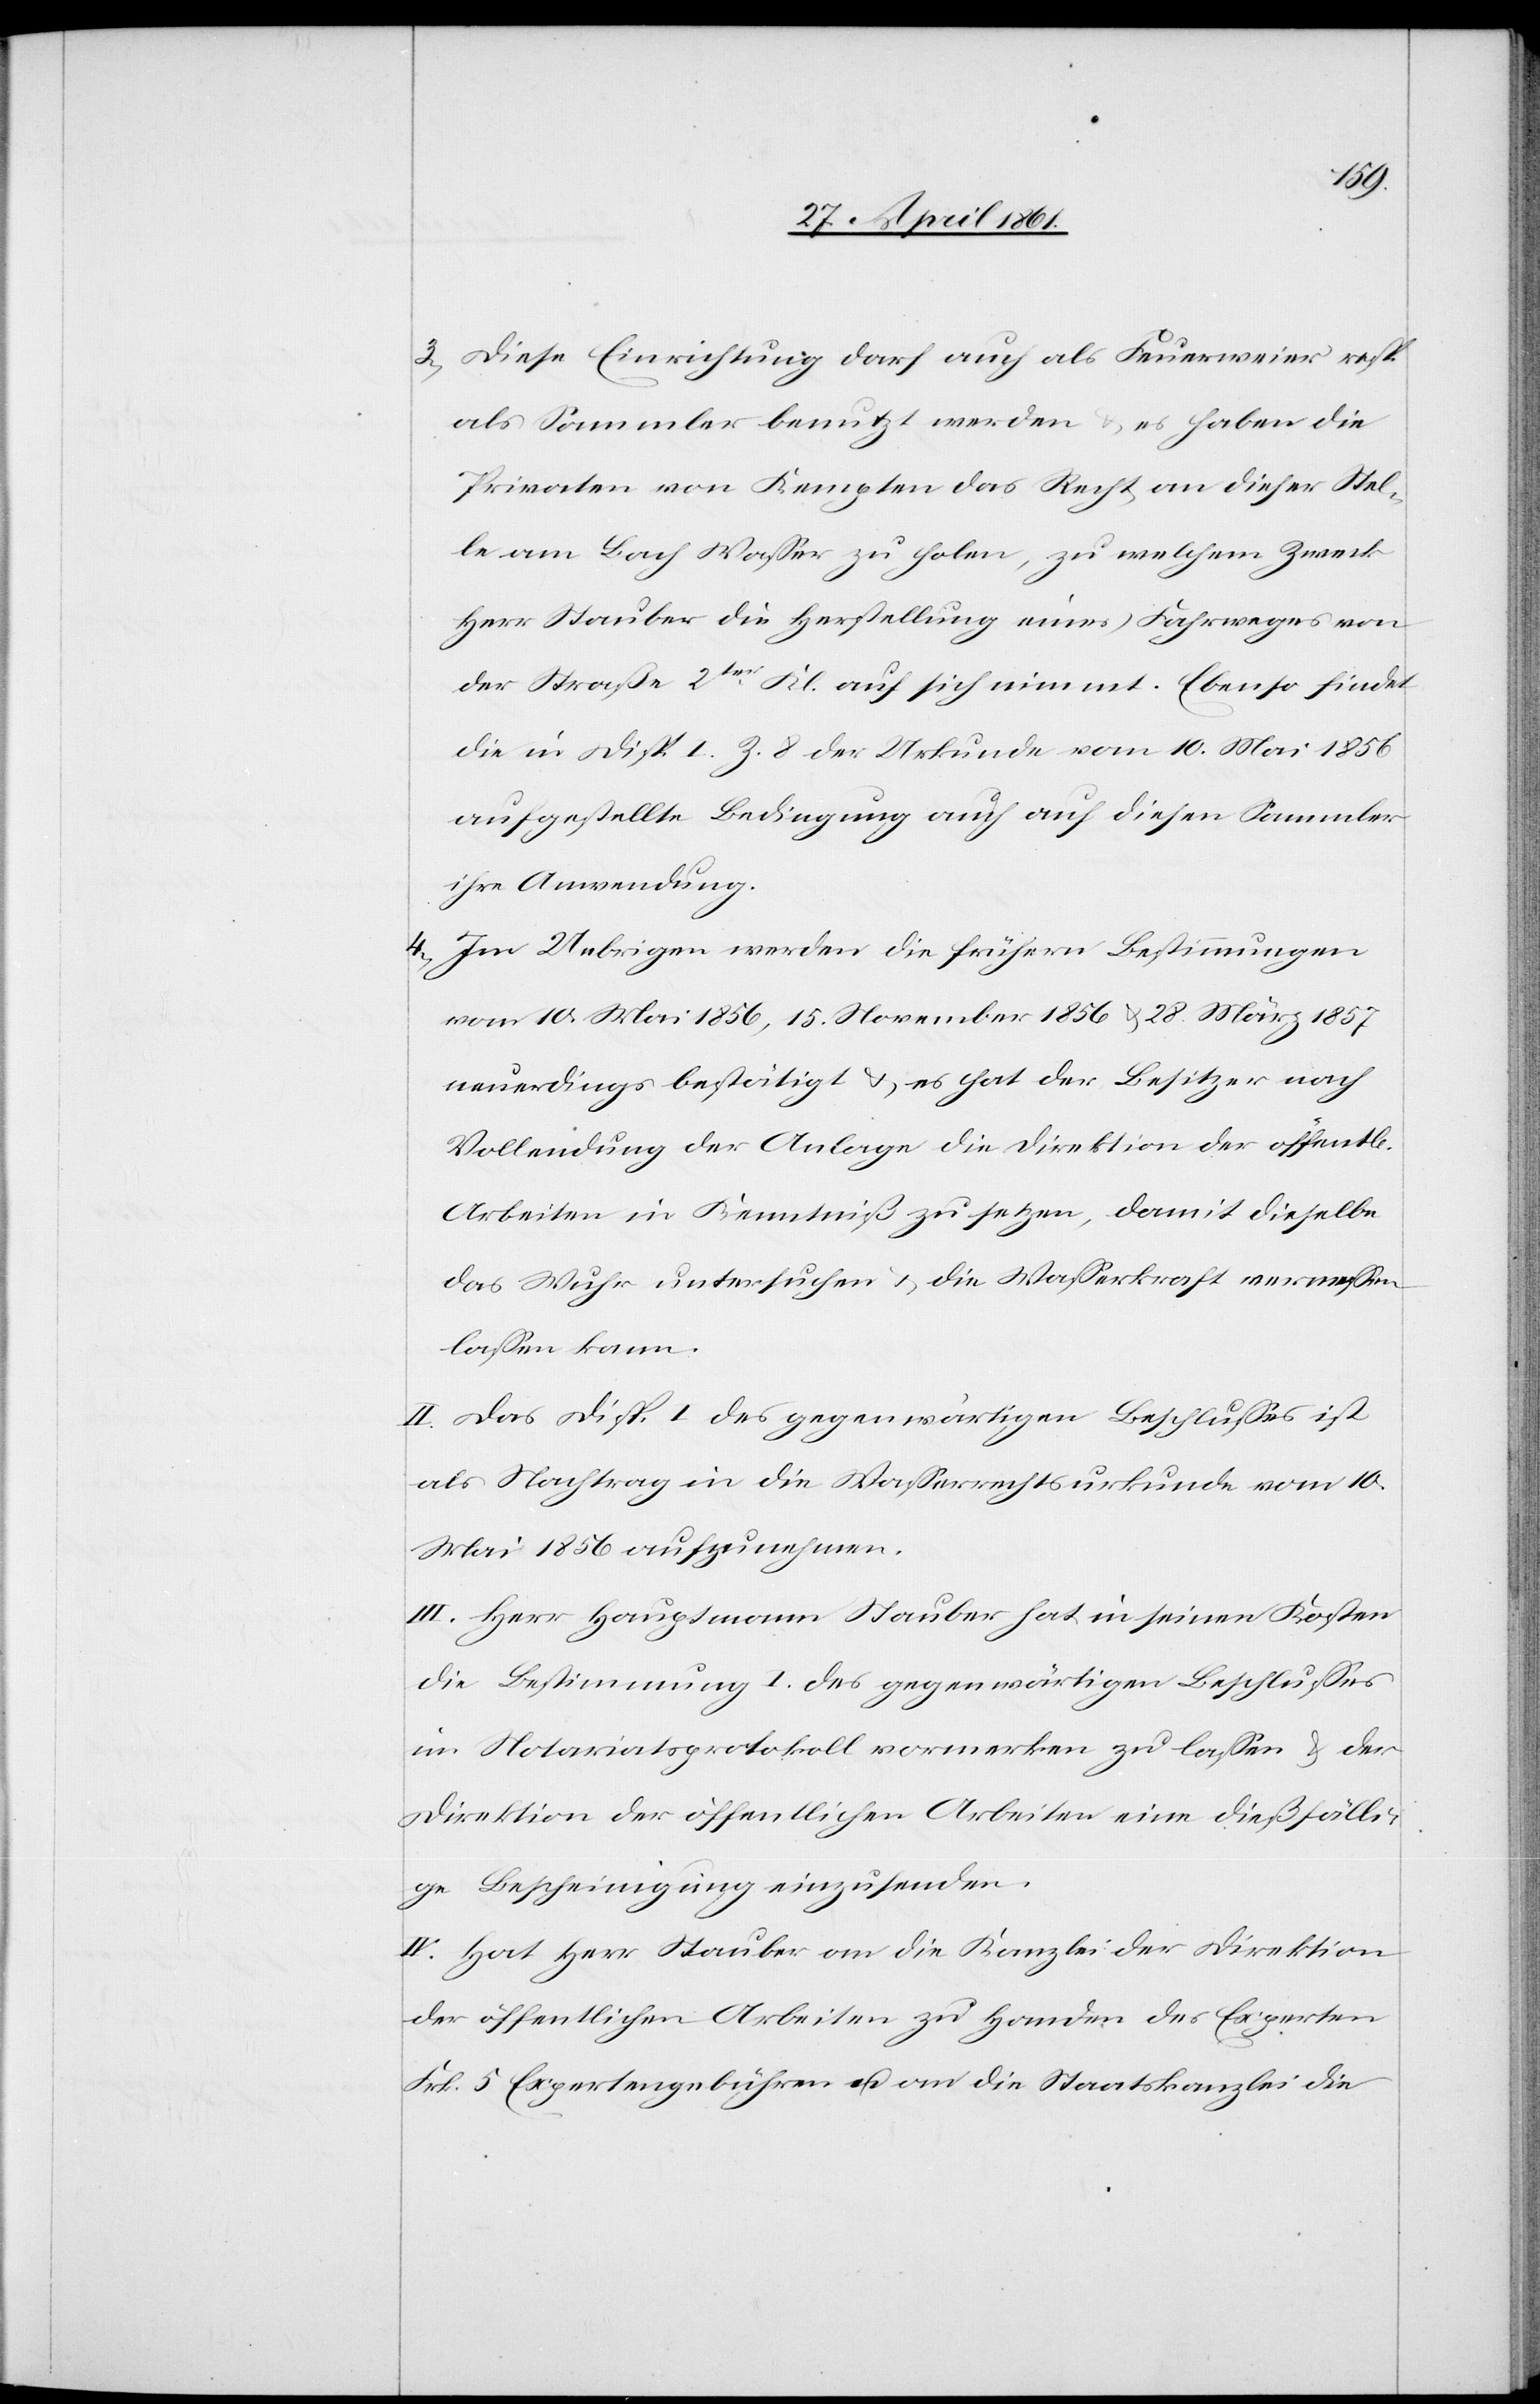
hen]
3. Diese Einrichtung darf auch als Feuerweier resp.
als Sammler benutzt werden u. es haben die
Privaten von Kempten das Recht an dieser Stel¬
le am Bach Wasser zu holen, zu welchem Zweck
Herr Stabuer die Herstellung eines Fahrweges von
der Straße 2ter Kl. auf sich nimmt. Ebenso findet
die in Disp. I Z. 8 der Urkunde vom 10. Mai 1856
aufgestellte Bedingung auch auf diesen Sammler
ihre Anwendung.
4. Im Uebrigen werden die frühern Bestimmungen
vom 10. Mai 1856, 15. November 1856 u. 28. März 1857
neuerdings bestätigt u. es hat der Besitzer nach
Vollendung der Anlage die Direktion der öffent[lic¬
Arbeiten in Kenntniß zu setzen, damit dieselbe
das Wuhr untersuchen u. die Wasserkraft vermessen
lassen kann.
II. Das Disp. I. des gegenwärtigen Beschlusses ist
als Nachtrag in die Wasserrechtsurkunde vom 10.
Mai 1856 aufzunehmen.
III. Herr Hauptmann Stauber hat in seinen Kosten
die Bestimmung I. des gegenwärtigen Beschlusses
im Notariatsprotokoll vormerken zu lassen u. der
Direktion der öffentlichen Arbeiten eine dießfälli¬
ge Bescheinigung einzusenden.
IV. Hat Herr Stauber an die Kanzlei die Direktion
der öffentlichen Arbeiten zu Handen des Experten
Frk. 5 Expertengebühren u. an die Staatskanzlei die